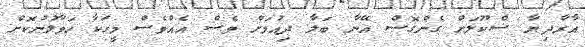
އާރާދިޔާ ސްކޫލަށް ގެންގޮސް އޭނާ ބަލާ ދިއުމަށް ވެސް އެއްވެސް މީހަކާ ހަވާލުނުކޮށް